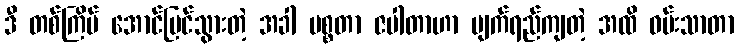
ဒီ တစ်ကြိမ် အောင်မြင်သွားတဲ့ အခါ မစ္စတာ ဇပါတာဟာ မျက်ရည်ကျတဲ့ အထိ ဝမ်းသာတာ